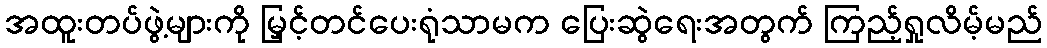
အထူးတပ်ဖွဲ့များကို မြှင့်တင်ပေးရုံသာမက ပြေးဆွဲရေးအတွက် ကြည့်ရှုလိမ့်မည်